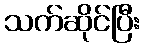
သက်ဆိုင်ပြီး